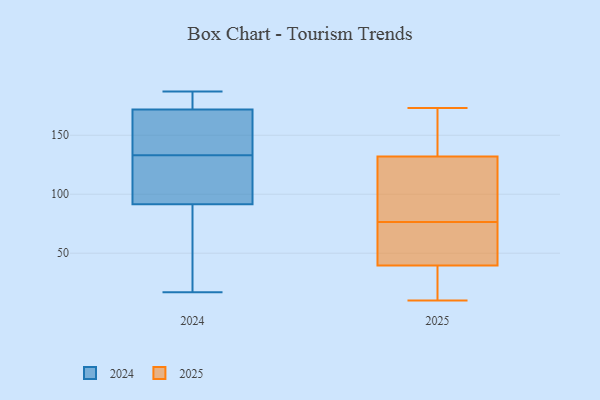
{"axis": {"x": "Satisfaction Score", "y": "Value"}, "legend": ["2024", "2025"], "data": [{"x": "", "y": 138, "type": "2025"}, {"x": "", "y": 23, "type": "2025"}, {"x": "", "y": 173, "type": "2025"}, {"x": "", "y": 151, "type": "2025"}, {"x": "", "y": 115, "type": "2025"}, {"x": "", "y": 14, "type": "2025"}, {"x": "", "y": 126, "type": "2025"}, {"x": "", "y": 149, "type": "2025"}, {"x": "", "y": 47, "type": "2025"}, {"x": "", "y": 47, "type": "2025"}, {"x": "", "y": 56, "type": "2025"}, {"x": "", "y": 68, "type": "2025"}, {"x": "", "y": 126, "type": "2025"}, {"x": "", "y": 85, "type": "2025"}, {"x": "", "y": 32, "type": "2025"}, {"x": "", "y": 10, "type": "2025"}, {"x": "", "y": 177, "type": "2024"}, {"x": "", "y": 170, "type": "2024"}, {"x": "", "y": 187, "type": "2024"}, {"x": "", "y": 114, "type": "2024"}, {"x": "", "y": 17, "type": "2024"}, {"x": "", "y": 154, "type": "2024"}, {"x": "", "y": 131, "type": "2024"}, {"x": "", "y": 164, "type": "2024"}, {"x": "", "y": 183, "type": "2024"}, {"x": "", "y": 95, "type": "2024"}, {"x": "", "y": 80, "type": "2024"}, {"x": "", "y": 109, "type": "2024"}, {"x": "", "y": 81, "type": "2024"}, {"x": "", "y": 135, "type": "2024"}, {"x": "", "y": 177, "type": "2024"}, {"x": "", "y": 133, "type": "2024"}, {"x": "", "y": 21, "type": "2024"}]}